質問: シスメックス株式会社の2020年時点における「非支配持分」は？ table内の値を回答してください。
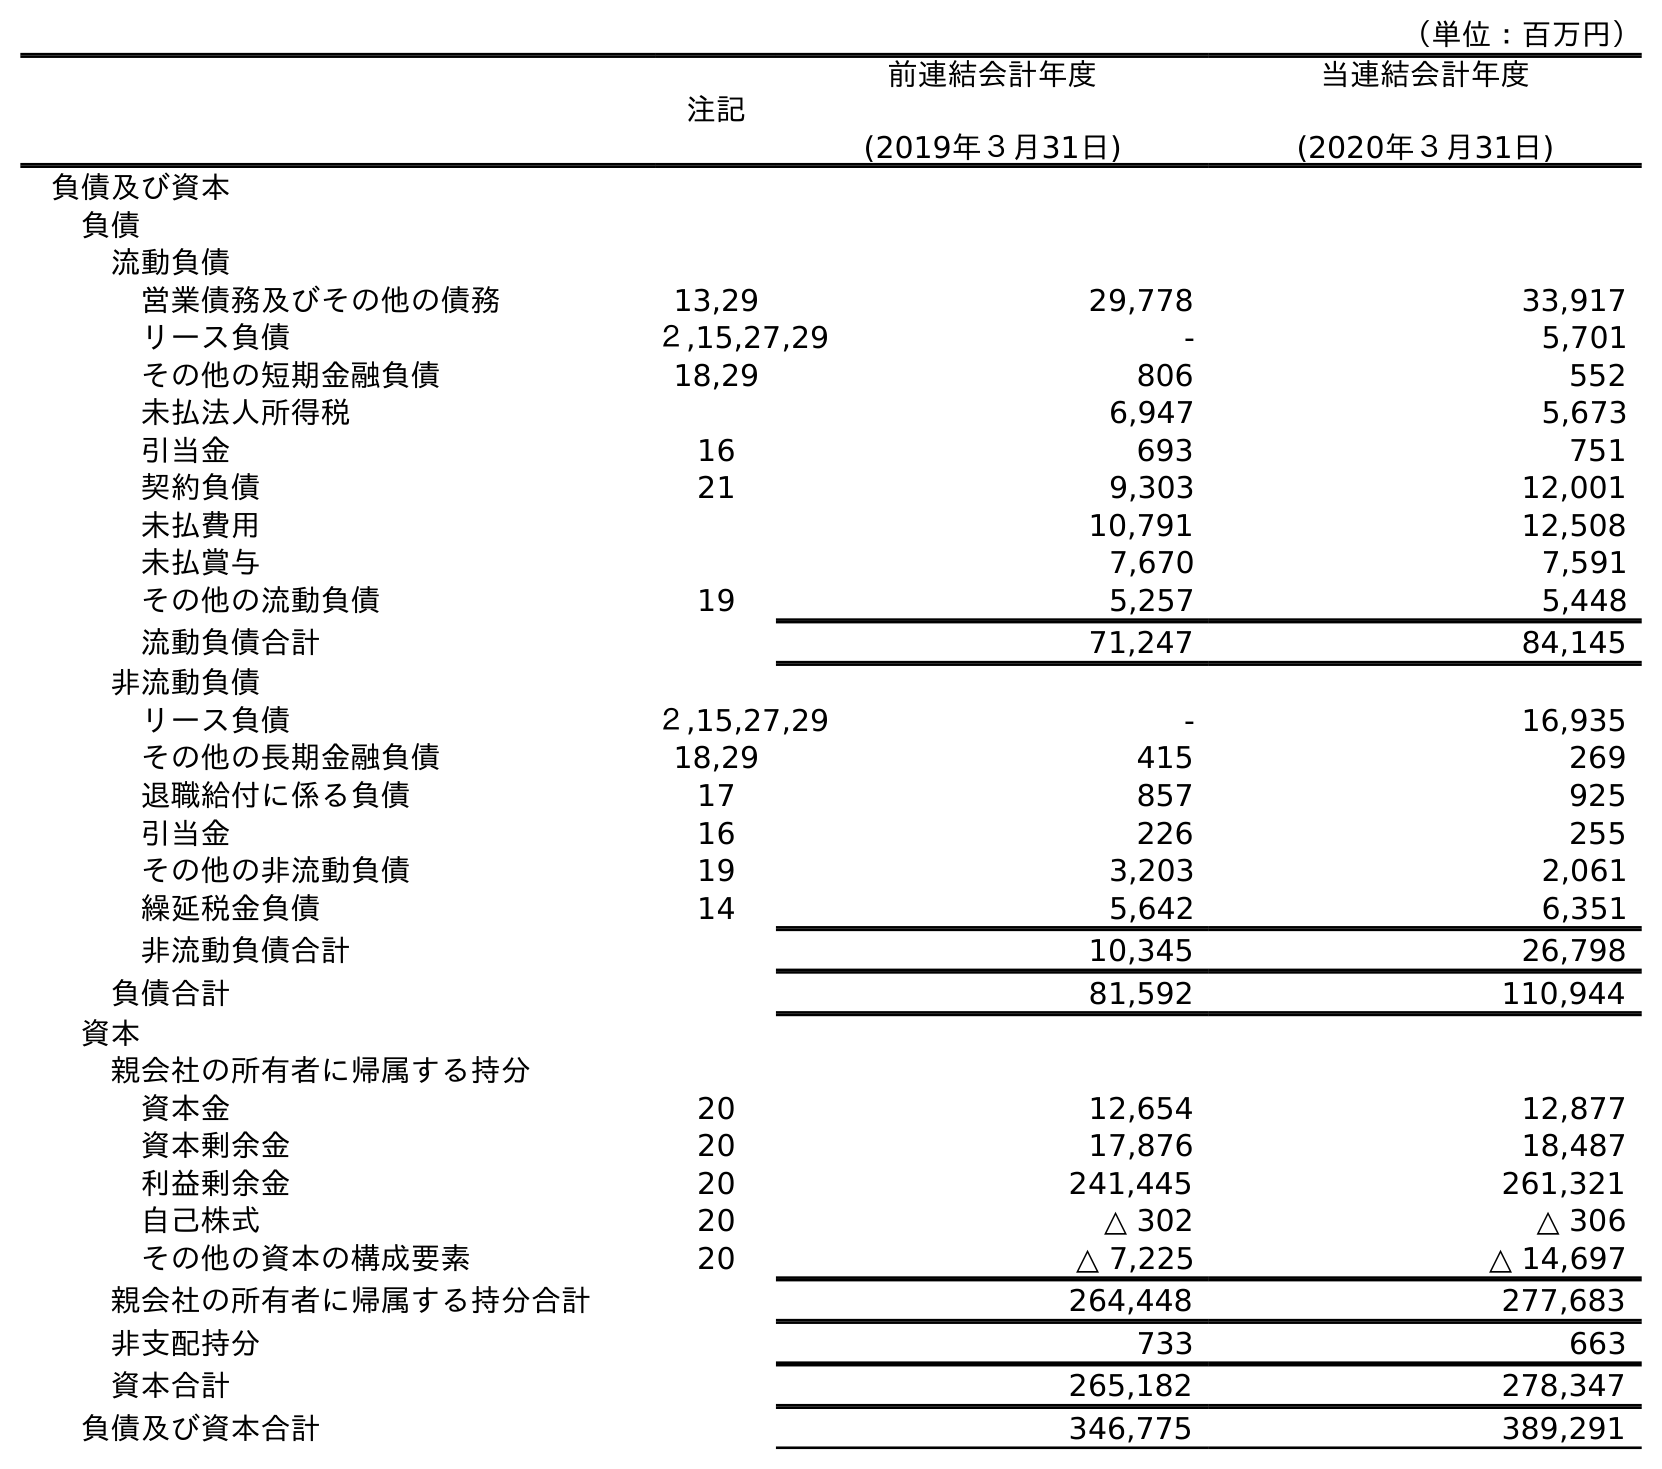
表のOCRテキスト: （単位：百万円） 注記 前連結会計年度 (2019年３月31日) 当連結会計年度 (2020年３月31日) 負債及び資本 負債 流動負債 営業債務及びその他の債務 13,29 29,778 33,917 リース負債 ２,15,27,29 - 5,701 その他の短期金融負債 18,29 806 552 未払法人所得税 6,947 5,673 引当金 16 693 751 契約負債 21 9,303 12,001 未払費用 10,791 12,508 未払賞与 7,670 7,591 その他の流動負債 19 5,257 5,448 流動負債合計 71,247 84,145 非流動負債 リース負債 ２,15,27,29 - 16,935 その他の長期金融負債 18,29 415 269 退職給付に係る負債 17 857 925 引当金 16 226 255 その他の非流動負債 19 3,203 2,061 繰延税金負債 14 5,642 6,351 非流動負債合計 10,345 26,798 負債合計 81,592 110,944 資本 親会社の所有者に帰属する持分 資本金 20 12,654 12,877 資本剰余金 20 17,876 18,487 利益剰余金 20 241,445 261,321 自己株式 20 △ 302 △ 306 その他の資本の構成要素 20 △ 7,225 △ 14,697 親会社の所有者に帰属する持分合計 264,448 277,683 非支配持分 733 663 資本合計 265,182 278,347 負債及び資本合計 346,775 389,291
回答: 663